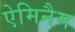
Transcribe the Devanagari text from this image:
ऐमिनैम